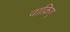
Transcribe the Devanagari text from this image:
वाक़िए